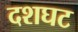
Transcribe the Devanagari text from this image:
दशघट